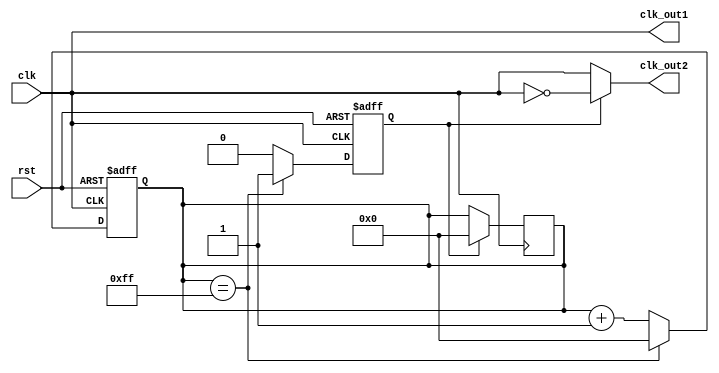
module dual_modulus_clock_divider (
    input wire clk,
    input wire rst,
    output wire clk_out1,
    output wire clk_out2
);

reg [7:0] count;
reg enable;

always @(posedge clk or posedge rst) begin
    if (rst) begin
        count <= 8'b0;
        enable <= 1'b0;
    end else begin
        if (count == 8'b11111111) begin
            count <= 8'b0;
            enable <= 1'b1;
        end else begin
            count <= count + 1;
            enable <= 1'b0;
        end
    end
end

always @(posedge clk) begin
    if (enable) begin
        count <= 8'b0;
    end
end

assign clk_out1 = clk;
assign clk_out2 = enable ? ~clk_out1 : clk_out1;

endmodule